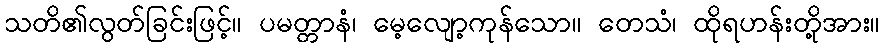
သတိ၏လွတ်ခြင်းဖြင့်။ ပမတ္တာနံ၊ မေ့လျော့ကုန်သော။ တေသံ၊ ထိုရဟန်းတို့အား။